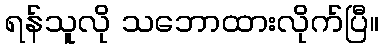
ရန်သူလို သဘောထားလိုက်ပြီ။